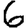
Digit: 6